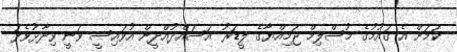
ކަމަށް އެ ގައުމުގެ މުސްލިމް ޖަމިއްޔާގެ ލީޑަރު އަސައްދުއްދީން އުވައިސީ ވަނީ ވިދާޅުވެފަ